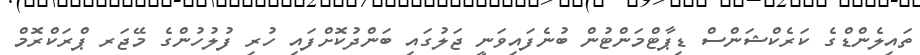
ތައިލެންޑްގެ ކަރެކްޝަންސް ޑިޕާޓްމަންޓުން ބުނެފައިވަނީ ޖަލުގައި ބަންދުކޮށްފައި ހުރި ފުލުހުންގެ މޭޖަރ ޕްރަކްރޮމް